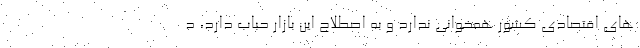
های اقتصادی کشور همخوانی ندارد و به اصطلاح این بازار حباب دارد، د